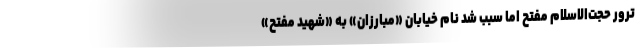
ترور حجت‌الاسلام مفتح اما سبب شد نام خیابان «مبارزان» به «شهید مفتح»